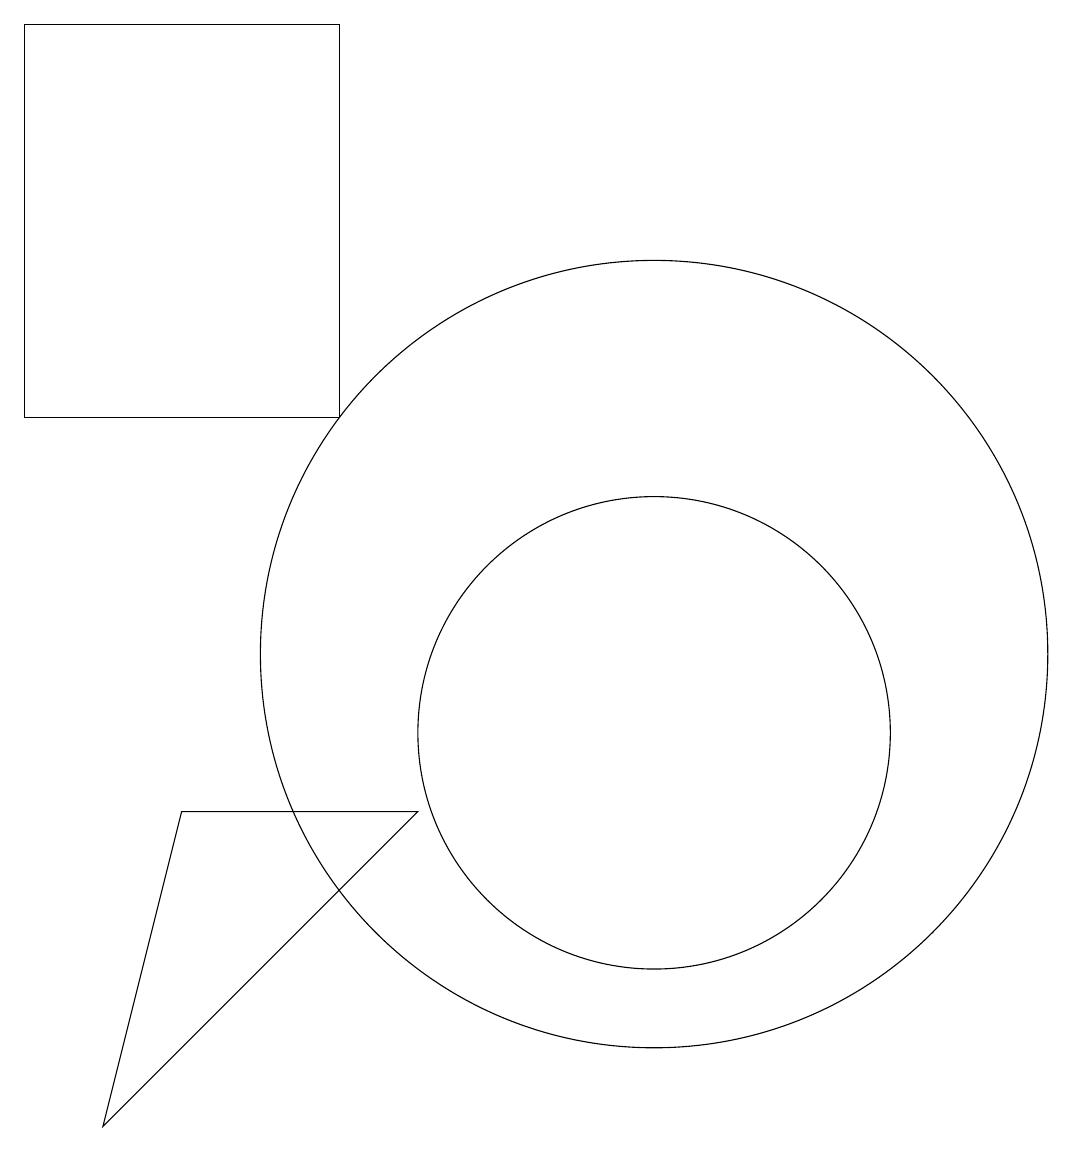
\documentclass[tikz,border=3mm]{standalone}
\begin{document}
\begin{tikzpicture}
\draw (4,9) -- (3,5) -- (7,9) -- cycle;
\draw (10,10) circle (3);
\draw (2,14) rectangle (6,19);
\draw (10,11) circle (5);
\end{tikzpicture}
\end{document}